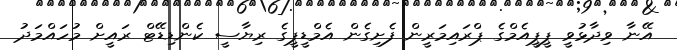
އޭނާ ވިދާޅުވީ ޕީޕީއެމްގެ ޕްރައިމަރީން ފެށިގެން އެމްޑީޕީގެ ރިޔާސީ ކެންޑިޑޭޓް ރައީށް މުހައްމަދު